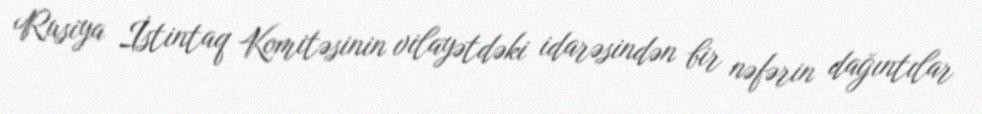
Rusiya İstintaq Komitəsinin vilayətdəki idarəsindən bir nəfərin dağıntılar